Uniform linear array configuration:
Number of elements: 32
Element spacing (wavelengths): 0.75
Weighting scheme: hamming
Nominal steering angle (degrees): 0
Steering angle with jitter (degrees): -1.846
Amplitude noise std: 0.05
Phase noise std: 0.05

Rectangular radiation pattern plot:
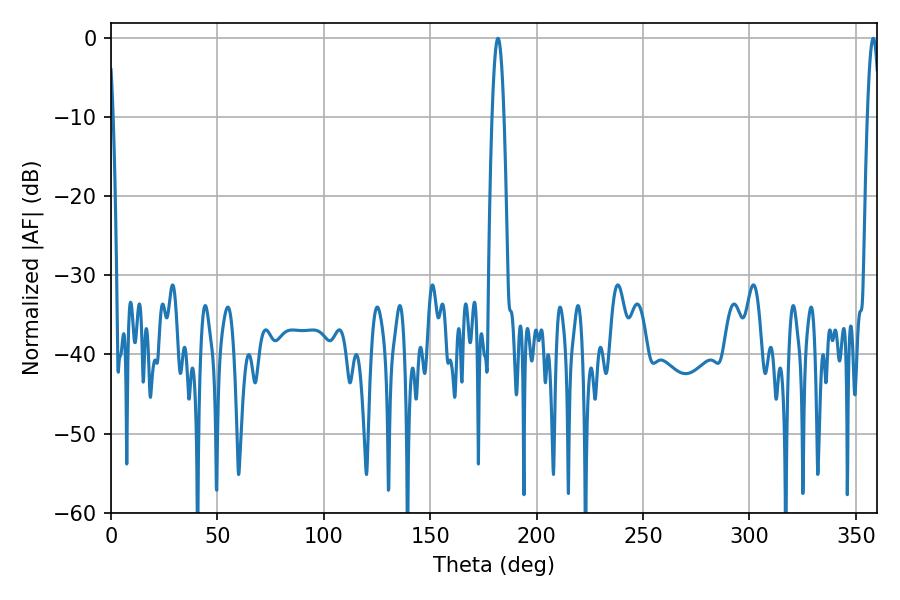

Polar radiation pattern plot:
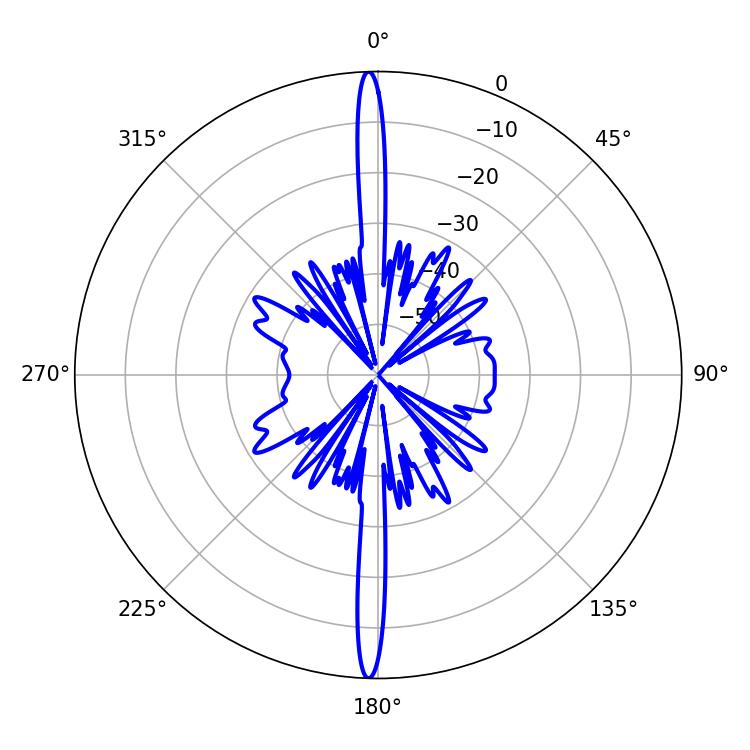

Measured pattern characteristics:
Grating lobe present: TRUE
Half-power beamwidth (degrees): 3.06
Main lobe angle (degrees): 181.8